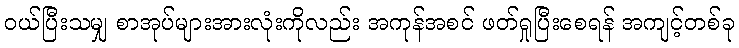
ဝယ်ပြီးသမျှ စာအုပ်များအားလုံးကိုလည်း အကုန်အစင် ဖတ်ရှုပြီးစေရန် အကျင့်တစ်ခု